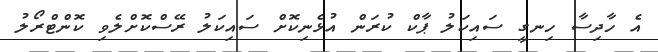
އެ ހާދިސާ ހިނގީ ސައިކަލު ޕާކް ކުރަން އުޅެނިކޮށް ސައިކަލު ރޭސްކޮށްލެވި ކޮންޓްރޯލު